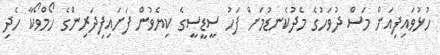
ހުޅުވައިފިއަށް މަސް ދުވަހުގެ މެދުކެނޑުމަށް ފަހު ސީޑީސީގެ ކިޔެވުން ފަށައިފިދަރިންގެ ހޯމްވޯކާ ހެދި